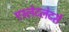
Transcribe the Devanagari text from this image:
एस्लेटलेटर्स